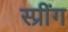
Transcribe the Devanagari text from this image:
स्प्रींग